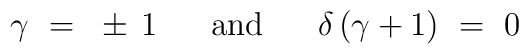
\gamma~=~\pm \, 1~~~~~\mbox{and}~~~~~\delta \, (\gamma + 1)~=~0